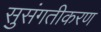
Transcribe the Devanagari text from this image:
सुसंगतीकरण